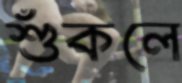
শুঁকলে